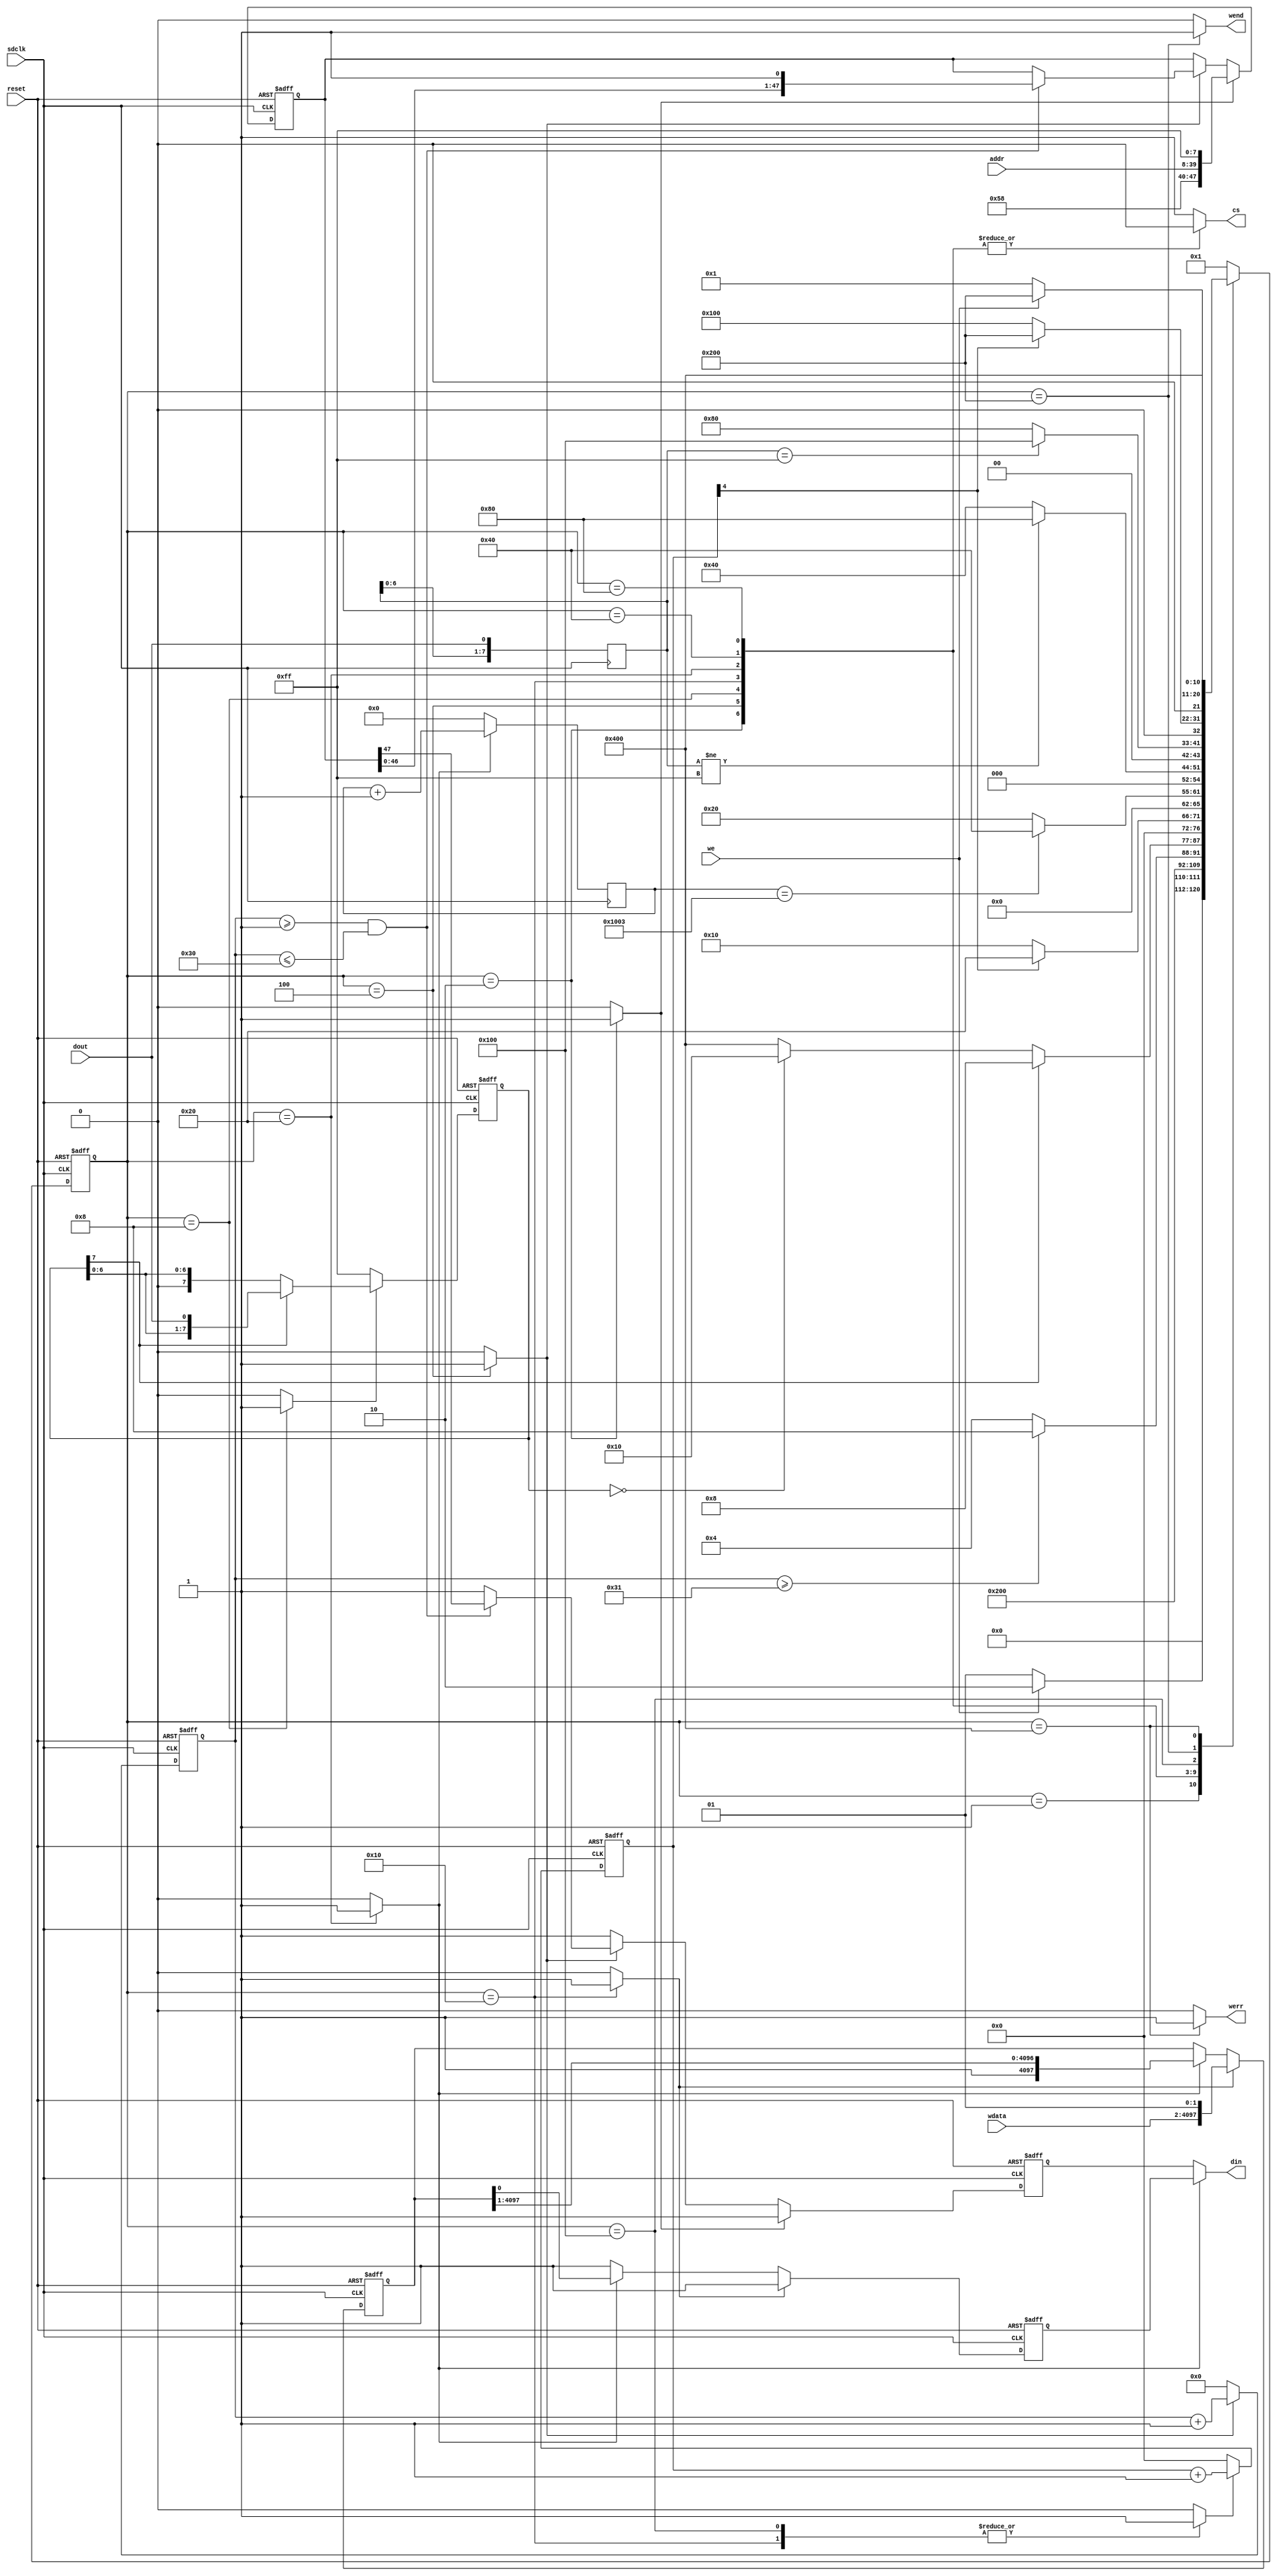
`timescale 1ns / 1ps
module SD_Write
(
    sdclk,
    reset,
    addr,
    wdata,
    we,
    dout,
    cs,
    din,
    wend,
    werr
);

    input sdclk;
	input reset;
	input [31:0]addr;
	input [4095:0]wdata;
	input we;
	input dout;
	output reg cs;
	output din;
	output reg wend;
	output reg werr;

    parameter CMD24_HEAD = 8'h58;
	parameter CMD24_CRC = 8'hFF;
	parameter CMD24_RSPS = 8'h00;

	reg din_cs = 1'b0; // 
	reg c_din = 1'b1; // command
	reg d_din = 1'b1; // data
	assign din = din_cs? d_din: c_din;

	reg [47:0]cmd_reg; // = {CMD24_HEAD, addr, CMD24_CRC};
	reg cmd_update = 1'b0;  // 
	reg cmd_send_ena = 1'b0;  // 
	reg [5:0]cmd_cnt = 6'b0;

	always @(negedge sdclk or posedge reset) begin
		if(reset) begin
			cmd_cnt <= 6'b0;
		end else begin
			if(cmd_send_ena) begin
				cmd_cnt <= cmd_cnt + 1'b1;
			end else begin
				cmd_cnt <= 6'b0;
			end
		end
	end
	
	always @(negedge sdclk or posedge reset) begin
		if(reset) begin
			cmd_reg <= 48'HFF_FF_FF_FF_FF_FF;
			c_din <= 1'b1;
		end else begin
			if(cmd_update) begin
				cmd_reg <= {CMD24_HEAD, addr, CMD24_CRC};
				c_din <= 1'b1;
			end else begin
				if(cmd_send_ena) begin
					if(cmd_cnt >= 6'd1 && cmd_cnt <= 6'd48) begin
						cmd_reg <= {cmd_reg[46:0], 1'b1};
						c_din <= cmd_reg[47];
					end else begin
						cmd_reg <= cmd_reg;
						c_din <= 1'b1;
					end
				end else begin
					cmd_reg <= cmd_reg;
					c_din <= 1'b1;
				end
			end
		end
	end

	reg [7:0]rsps_reg = 8'hFF;
	reg rsps_read_ena = 1'b0; // 

	always @(negedge sdclk or posedge reset) begin
		if(reset) begin
			rsps_reg <= 8'hFF;
		end else begin
			if(rsps_read_ena) begin
				if(rsps_reg[7]) begin
					rsps_reg <= {rsps_reg[6:0], dout};
				end else begin
					rsps_reg <= rsps_reg; //  0 
				end
			end else begin
				rsps_reg <= 8'hFF;
			end
		end
	end

	reg [4:0]empty_clk_cnt = 5'b0;
	reg empty_clk_ena = 1'b0; // 

	always @(posedge sdclk or posedge reset) begin
		if(reset) begin
			empty_clk_cnt <= 5'b0;
		end else begin
			if(empty_clk_ena) begin
				empty_clk_cnt <= empty_clk_cnt + 1'b1;
			end else begin
				empty_clk_cnt <= 5'b0;
			end
		end
	end

	reg [4097:0]w_reg = {4098{1'b1}};
	reg write_data_save = 1'b0; // 
	reg write_data_en = 1'b0; // 

	always @(posedge sdclk or posedge reset) begin
		if(reset) begin
			w_reg <= {4098{1'b1}};
			d_din <= 1'b1;
		end else begin
			if(write_data_save) begin
				w_reg <= {wdata, 1'b0, 1'b1};
				d_din <= 1'b1;
			end else begin
				if(write_data_en) begin
					d_din <= w_reg[0];
					w_reg <= {1'b1, w_reg[4097:1]};
				end else begin
					d_din <= 1'b1;
					w_reg <= w_reg;
				end
			end
		end
	end

	reg [12:0]w_cnt = 13'b0;
	reg w_cnt_ena = 1'b0; // 

	always @(posedge sdclk) begin
		if(w_cnt_ena) begin
			w_cnt <= w_cnt + 1'b1;
		end else begin
			w_cnt <= 13'b0;
		end
	end

	reg [7:0]dout_reg = 8'b0;
	always @(negedge sdclk) begin
		dout_reg <= {dout_reg[6:0], dout};
	end



	parameter IDLE = 11'd1;
	parameter WCMD_PRE = 11'd2;
	parameter WCMD_SEND = 11'd4;
	parameter WCMD_RSPS = 11'd8;
	parameter SEND_EMPTY_CLOCK = 11'd16;
	parameter WRITE = 11'd32;
	parameter WAIT_0x05 = 11'd64;
	parameter WAIT_0XFF = 11'd128;
	parameter PAUSE = 11'd256;
	parameter END = 11'd512;
	parameter ERROR = 11'd1024;

	reg [10:0]current_state = IDLE;
	reg [10:0]next_state = IDLE;

	always @(posedge sdclk or posedge reset) begin
		if(reset) begin
			current_state <= IDLE;
		end else begin
			current_state <= next_state;
		end
	end

	always @(*) begin
		case(current_state)
			IDLE: begin
				if(we) begin
					next_state = WCMD_PRE;
				end else begin
					next_state = IDLE;
				end
			end
			WCMD_PRE: begin
				next_state = WCMD_SEND;
			end
			WCMD_SEND: begin
				if(cmd_cnt >= 6'd49) begin
					next_state = WCMD_RSPS;
				end else begin
					next_state = WCMD_SEND;
				end
			end
			WCMD_RSPS: begin
				if(rsps_reg[7] == 1'b0) begin
					if(rsps_reg == CMD24_RSPS) begin
						next_state = SEND_EMPTY_CLOCK;
					end else begin
						next_state = ERROR;
					end
				end else begin
					next_state = WCMD_RSPS;
				end
			end
			SEND_EMPTY_CLOCK: begin
				if(empty_clk_cnt[4]) begin
					next_state = WRITE;
				end else begin
					next_state = SEND_EMPTY_CLOCK;
				end
			end
			WRITE: begin
				if(w_cnt == 13'd4099) begin
					next_state = WAIT_0x05;
				end else begin
					next_state = WRITE;
				end
			end
			WAIT_0x05: begin
				if(dout_reg != 8'hFF) begin
					next_state = WAIT_0XFF;
				end else begin
					next_state = WAIT_0x05;
				end
			end
			WAIT_0XFF: begin
				if(dout_reg == 8'hFF) begin
					next_state = PAUSE;
				end else begin
					next_state = WAIT_0XFF;
				end
			end
			PAUSE: begin
				if(empty_clk_cnt[4]) begin
					next_state = END;
				end else begin
					next_state = PAUSE;
				end
			end
			END: begin
				if(we) begin
					next_state = END;
				end else begin
					next_state = IDLE;
				end
			end
			ERROR: begin
				next_state = ERROR;
			end
			default: begin
				next_state = IDLE;
			end
		endcase
	end

	always @(*) begin
		case(current_state)
			WCMD_PRE: begin
				cmd_update = 1'b1;
				cmd_send_ena = 1'b0;
				rsps_read_ena = 1'b0;
			end
			WCMD_SEND: begin
				cmd_update = 1'b0;
				cmd_send_ena = 1'b1;
				rsps_read_ena = 1'b0;
			end
			WCMD_RSPS: begin
				cmd_update = 1'b0;
				cmd_send_ena = 1'b0;
				rsps_read_ena = 1'b1;
			end
			default: begin
				cmd_update = 1'b0;
				cmd_send_ena = 1'b0;
				rsps_read_ena = 1'b0;
			end
		endcase
	end

	always @(*) begin
		case(current_state)
			SEND_EMPTY_CLOCK: begin
				empty_clk_ena = 1'b1;
			end
			PAUSE: begin
				empty_clk_ena = 1'b1;
			end
			default: begin
				empty_clk_ena = 1'b0;
			end
		endcase
	end

	always @(*) begin
		case(current_state)
			SEND_EMPTY_CLOCK: begin
				write_data_save = 1'b1;
				write_data_en = 1'b0;
				w_cnt_ena = 1'b0;
			end
			WRITE: begin
				write_data_save = 1'b0;
				write_data_en = 1'b1;
				w_cnt_ena = 1'b1;
			end
			default: begin
				write_data_save = 1'b0;
				write_data_en = 1'b0;
				w_cnt_ena = 1'b0;
			end
		endcase
	end

	always @(*) begin
		case(current_state)
			WCMD_PRE: begin
				cs = 1'b0;
			end
			WCMD_SEND: begin
				cs = 1'b0;
			end
			WCMD_RSPS: begin
				cs = 1'b0;
			end
			SEND_EMPTY_CLOCK: begin
				cs = 1'b0;
			end
			WRITE: begin
				cs = 1'b0;
			end
			WAIT_0x05: begin
				cs = 1'b0;
			end
			WAIT_0XFF: begin
				cs = 1'b0;
			end
			default: begin
				cs = 1'b1;
			end
		endcase
	end

	always @(*) begin
		case(current_state)
			END: begin
				wend = 1'b1;
				werr = 1'b0;
			end
			ERROR: begin
				wend = 1'b0;
				werr = 1'b1;
			end
			default: begin
				wend = 1'b0;
				werr = 1'b0;
			end
		endcase
	end

	always @(*) begin
		case(current_state)
			WRITE: begin
				din_cs = 1'b1;
			end
			default: begin
				din_cs = 1'b0;
			end
		endcase
	end
endmodule